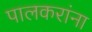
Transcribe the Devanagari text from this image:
पालकरांना